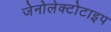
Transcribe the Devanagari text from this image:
जेनोलेक्टोटाइप